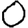
Digit: 0